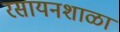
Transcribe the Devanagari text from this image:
रसायनशाळा